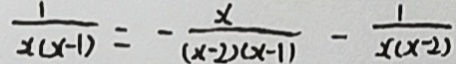
\frac { 1 } { x ( x - 1 ) } = - \frac { x } { ( x - 2 ) ( x - 1 ) } - \frac { 1 } { x ( x - 2 ) }